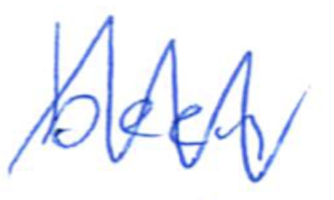
Text: been
Cross-out: zig-zag
Writing tool: ballpoint